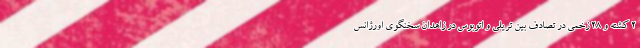
۲ کشته و ۲۸ زخمی در تصادف بین تریلی و اتوبوس در زاهدان سخنگوی اورژانس